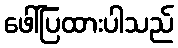
ဖေါ်ပြထားပါသည်